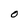
Character: O